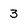
Character: 3